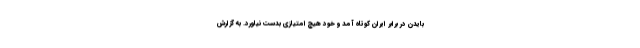
بایدن در برابر ایران کوتاه آمد و خود هیچ امتیازی بدست نیاورد. به گزارش